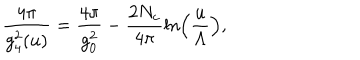
LaTeX: \frac { 4 \pi } { g _ { 4 } ^ { 2 } ( u ) } = \frac { 4 \pi } { g _ { 0 } ^ { 2 } } - \frac { 2 N _ { c } } { 4 \pi } \ln \left( \frac { u } { \Lambda } \right) ,